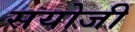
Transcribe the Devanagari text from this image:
सयोजी